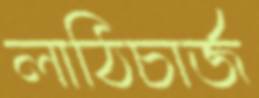
লাঠিচার্জ